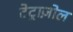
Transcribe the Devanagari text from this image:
टेट्राज़ोल